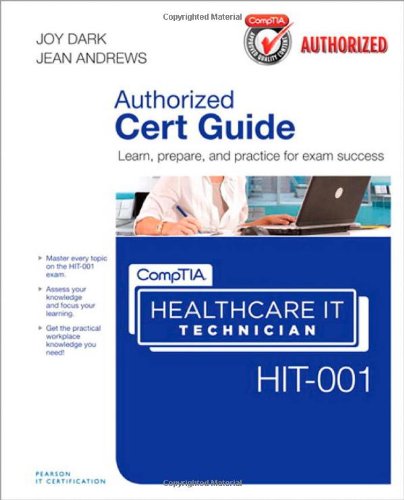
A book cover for CompTIA Healthcare IT Technician HIT-001 Cert Guide; Joy Dark; Computers & Technology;